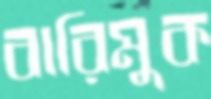
বারিমুক